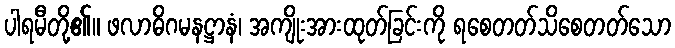
ပါရမီတို့၏။ ဖလာဓိဂမနဋ္ဌာနံ၊ အကျိုးအားထုတ်ခြင်းကို ရစေတတ်သိစေတတ်သော